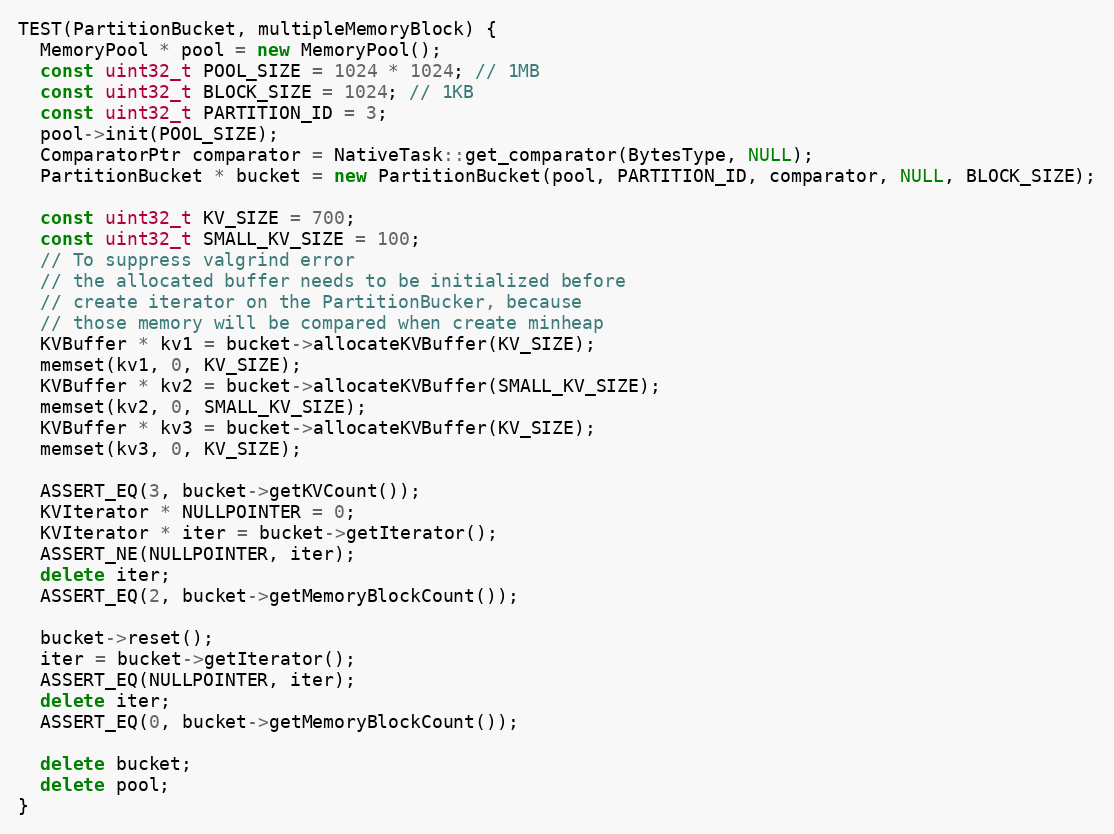
Language: C++
TEST(PartitionBucket, multipleMemoryBlock) {
  MemoryPool * pool = new MemoryPool();
  const uint32_t POOL_SIZE = 1024 * 1024; // 1MB
  const uint32_t BLOCK_SIZE = 1024; // 1KB
  const uint32_t PARTITION_ID = 3;
  pool->init(POOL_SIZE);
  ComparatorPtr comparator = NativeTask::get_comparator(BytesType, NULL);
  PartitionBucket * bucket = new PartitionBucket(pool, PARTITION_ID, comparator, NULL, BLOCK_SIZE);

  const uint32_t KV_SIZE = 700;
  const uint32_t SMALL_KV_SIZE = 100;
  // To suppress valgrind error
  // the allocated buffer needs to be initialized before
  // create iterator on the PartitionBucker, because
  // those memory will be compared when create minheap
  KVBuffer * kv1 = bucket->allocateKVBuffer(KV_SIZE);
  memset(kv1, 0, KV_SIZE);
  KVBuffer * kv2 = bucket->allocateKVBuffer(SMALL_KV_SIZE);
  memset(kv2, 0, SMALL_KV_SIZE);
  KVBuffer * kv3 = bucket->allocateKVBuffer(KV_SIZE);
  memset(kv3, 0, KV_SIZE);

  ASSERT_EQ(3, bucket->getKVCount());
  KVIterator * NULLPOINTER = 0;
  KVIterator * iter = bucket->getIterator();
  ASSERT_NE(NULLPOINTER, iter);
  delete iter;
  ASSERT_EQ(2, bucket->getMemoryBlockCount());

  bucket->reset();
  iter = bucket->getIterator();
  ASSERT_EQ(NULLPOINTER, iter);
  delete iter;
  ASSERT_EQ(0, bucket->getMemoryBlockCount());

  delete bucket;
  delete pool;
}